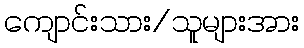
ကျောင်းသား/သူများအား